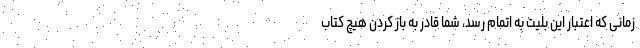
زمانی که اعتبار این بلیت به اتمام رسد، شما قادر به باز کردن هیچ کتاب